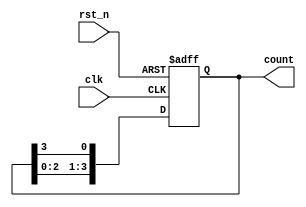
module ring_counter #(
    parameter N = 4  // Number of flip-flops in the ring counter
)(
    input wire clk,      // Clock input
    input wire rst_n,    // Active low reset input
    output reg [N-1:0] count // Output representing the current state
);

// Initial state of the counter
initial begin
    count = 1'b1; // Start with the first flip-flop set to '1'
end

// Always block for the ring counter operation
always @(posedge clk or negedge rst_n) begin
    if (!rst_n) begin
        // Asynchronous reset: set the first flip-flop to '1' and others to '0'
        count <= 1'b1; 
    end else begin
        // Shift the '1' to the next flip-flop
        count <= {count[N-2:0], count[N-1]};
    end
end

endmodule